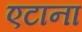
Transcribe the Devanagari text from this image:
एटाना